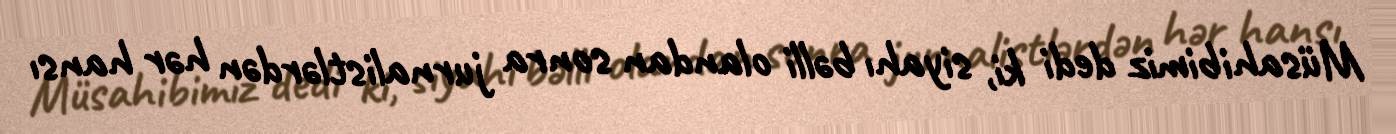
Müsahibimiz dedi ki, siyahı bəlli olandan sonra jurnalistlərdən hər hansı